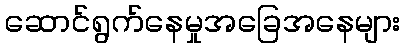
ဆောင်ရွက်နေမှုအခြေအနေများ